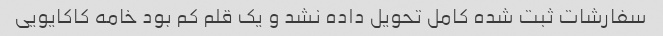
سفارشات ثبت شده کامل تحویل داده نشد و یک قلم کم بود خامه کاکایویی